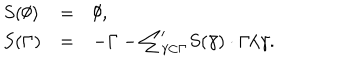
LaTeX: \begin{array} { l l l } { { S ( \emptyset ) } } & { { = } } & { { \emptyset , } } \\ { { S ( \Gamma ) } } & { { = } } & { { - \Gamma - { \sum } _ { \gamma \subset \Gamma } ^ { \prime } S ( \bar { \gamma } ) \cdot \Gamma / \gamma . } } \\ \end{array}